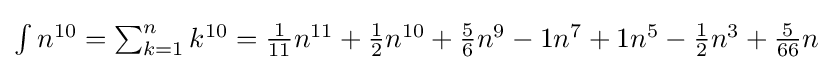
\textstyle \int n^{10}=\sum _{k=1}^{n}k^{10}={\frac {1}{11}}n^{11}+{\frac {1}{2}}n^{10}+{\frac {5}{6}}n^{9}-1n^{7}+1n^{5}-{\frac {1}{2}}n^{3}+{\frac {5}{66}}n